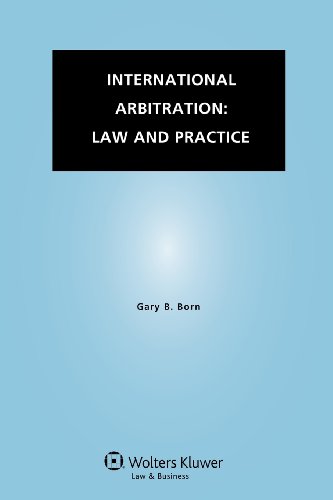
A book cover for International Arbitration: Law and Practice; Gary B. Born; Law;